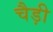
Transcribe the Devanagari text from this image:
चैड़ी